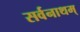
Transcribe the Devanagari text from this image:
सर्वनाथम्